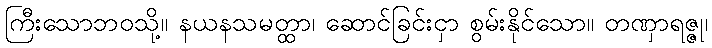
ကြီးသောဘဝသို့။ နယနသမတ္ထာ၊ ဆောင်ခြင်းငှာ စွမ်းနိုင်သော။ တဏှာရဇ္ဇု၊